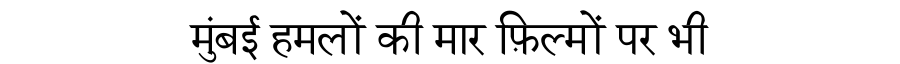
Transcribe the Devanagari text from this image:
मुंबई हमलों की मार फ़िल्मों पर भी